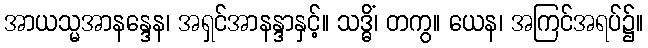
အာယသ္မအာနန္ဒေန၊ အရှင်အာနန္ဒာနှင့်။ သဒ္ဓိံ၊ တကွ။ ယေန၊ အကြင်အရပ်၌။